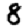
Digit: 8